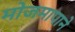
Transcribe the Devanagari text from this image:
मोजमापाने